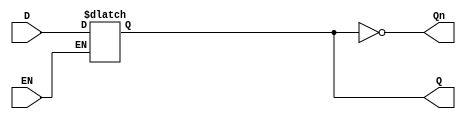
module LatchRegister (
    input wire D,        // Data Input
    input wire EN,       // Enable Signal
    output reg Q,        // Data Output
    output wire Qn       // Inverted Output
);

// Inverted output
assign Qn = ~Q;

// Latch behavior
always @(*) begin
    if (EN) begin
        Q = D;  // Capture input when EN is high
    end
    // When EN is low, Q retains its previous state
end

endmodule